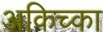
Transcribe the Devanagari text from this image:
अकिच्का